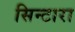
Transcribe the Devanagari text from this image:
सिन्टारा